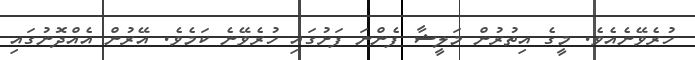
ހުރެވޭނެއެވެ. މީގެ އިތުރުން މަލީޝާ ފެންނަ ފަށުގައި ހުރެވޭނެ ކަމެވެ. އޭރުން އެއްދޮނުގައި